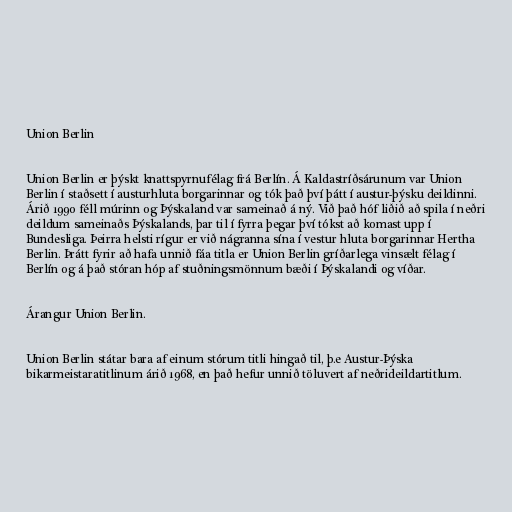
Union Berlin

Union Berlin er þýskt knattspyrnufélag frá Berlín. Á Kaldastríðsárunum var Union
Berlin í staðsett í austurhluta borgarinnar og tók það því þátt í austur-þýsku deildinni.
Árið 1990 féll múrinn og Þýskaland var sameinað á ný. Við það hóf liðið að spila í neðri
deildum sameinaðs Þýskalands, þar til í fyrra þegar því tókst að komast upp í
Bundesliga. Þeirra helsti rígur er við nágranna sína í vestur hluta borgarinnar Hertha
Berlin. Þrátt fyrir að hafa unnið fáa titla er Union Berlin gríðarlega vinsælt félag í
Berlín og á það stóran hóp af stuðningsmönnum bæði í Þýskalandi og víðar.

Árangur Union Berlin.

Union Berlin státar bara af einum stórum titli hingað til, þ.e Austur-Þýska
bikarmeistaratitlinum árið 1968, en það hefur unnið töluvert af neðrideildartitlum.